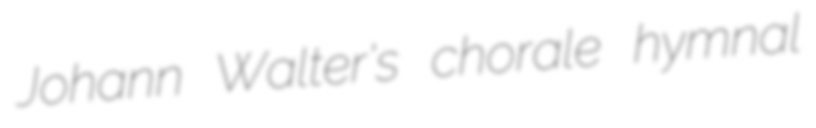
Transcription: Johann Walter's chorale hymnal